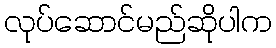
လုပ်ဆောင်မည်ဆိုပါက